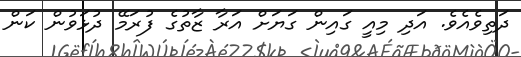
ދަތިވެއެވެ. އަދި މިއީ ގައިން ގަޔަށް އަރާ ޒާތުގެ ފުރަމޭ ދުޅަވުން ކަން